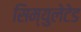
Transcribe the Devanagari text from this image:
सिम्युलेटेड